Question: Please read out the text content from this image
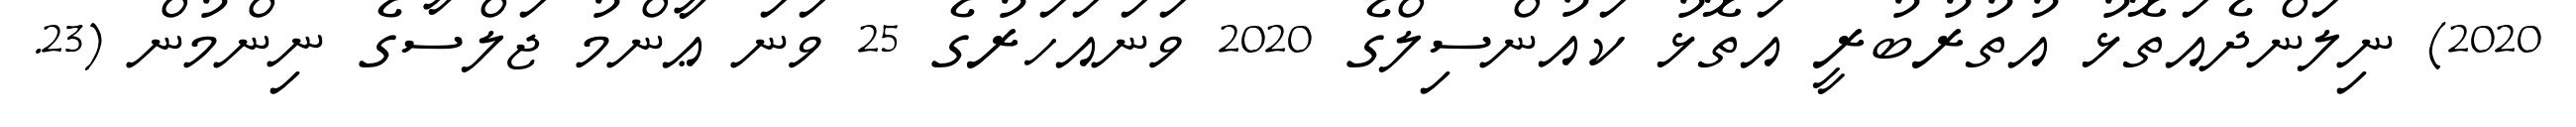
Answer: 2020) ނިލަންދެއަތޮޅު އުތުރުބުރީ އަތޮޅު ކައުންސިލްގެ 2020 ވަނައަހަރުގެ 25 ވަނަ ޢާންމު ޖަލްސާގެ ނިންމުން (23.